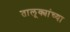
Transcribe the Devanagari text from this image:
तालूक्यांच्या